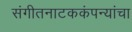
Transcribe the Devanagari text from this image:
संगीतनाटककंपन्यांचा